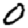
Digit: 0